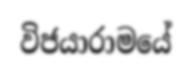
විජයාරාමයේ